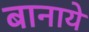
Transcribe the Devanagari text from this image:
बानाये